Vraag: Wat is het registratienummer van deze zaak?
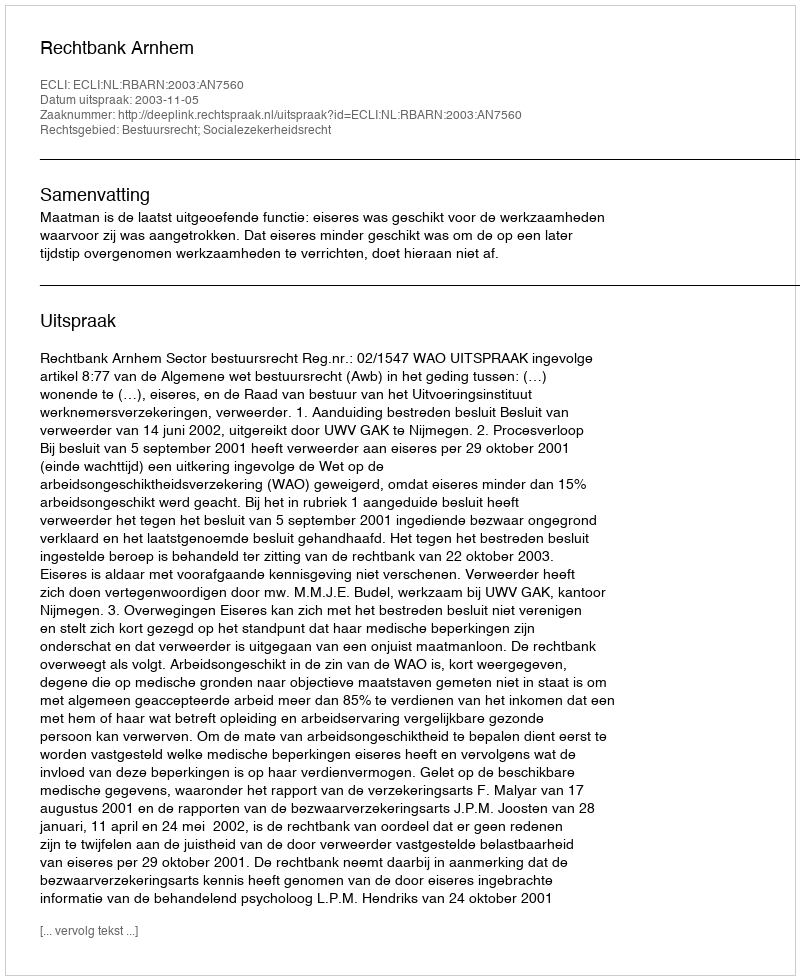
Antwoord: http://deeplink.rechtspraak.nl/uitspraak?id=ECLI:NL:RBARN:2003:AN7560